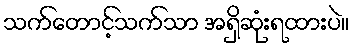
သက်တောင့်သက်သာ အရှိဆုံးရထားပဲ။